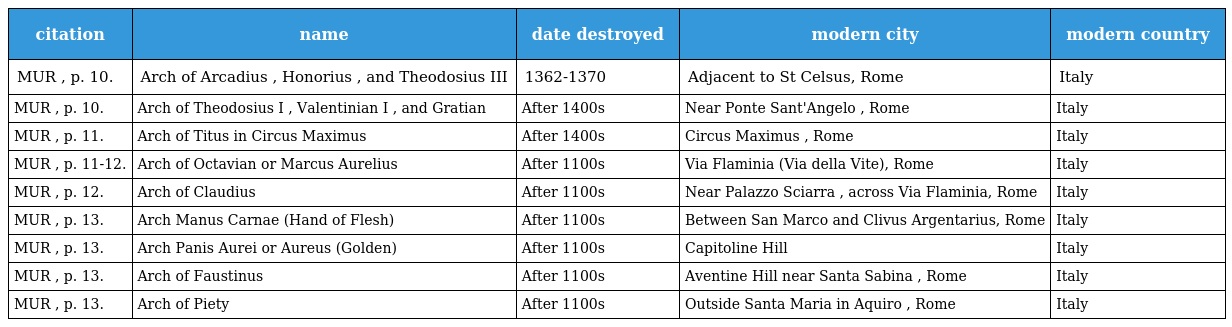
| citation | name | date destroyed | modern city | modern country |
 | --- | --- | --- | --- | --- |
 | MUR , p. 10. | Arch of Arcadius , Honorius , and Theodosius III | 1362-1370 | Adjacent to St Celsus, Rome | Italy |
 | MUR , p. 10. | Arch of Theodosius I , Valentinian I , and Gratian | After 1400s | Near Ponte Sant'Angelo , Rome | Italy |
 | MUR , p. 11. | Arch of Titus in Circus Maximus | After 1400s | Circus Maximus , Rome | Italy |
 | MUR , p. 11-12. | Arch of Octavian or Marcus Aurelius | After 1100s | Via Flaminia (Via della Vite), Rome | Italy |
 | MUR , p. 12. | Arch of Claudius | After 1100s | Near Palazzo Sciarra , across Via Flaminia, Rome | Italy |
 | MUR , p. 13. | Arch Manus Carnae (Hand of Flesh) | After 1100s | Between San Marco and Clivus Argentarius, Rome | Italy |
 | MUR , p. 13. | Arch Panis Aurei or Aureus (Golden) | After 1100s | Capitoline Hill | Italy |
 | MUR , p. 13. | Arch of Faustinus | After 1100s | Aventine Hill near Santa Sabina , Rome | Italy |
 | MUR , p. 13. | Arch of Piety | After 1100s | Outside Santa Maria in Aquiro , Rome | Italy |